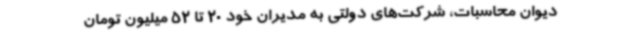
دیوان محاسبات، شرکت‌های دولتی به مدیران خود 20 تا 52 میلیون تومان